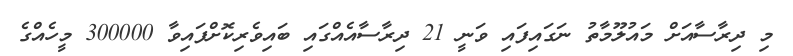
މި ދިރާސާއަށް މައުލޫމާތު ނަގައިފައި ވަނީ 21 ދިރާސާއެއްގައި ބައިވެރިކޮށްފައިވާ 300000 މީހެއްގެ